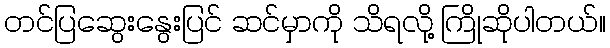
တင်ပြဆွေးနွေးပြင် ဆင်မှာကို သိရလို့ ကြိုဆိုပါတယ်။